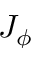
J _ { \phi }